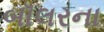
બૉલરના